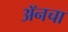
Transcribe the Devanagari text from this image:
अॅनचा